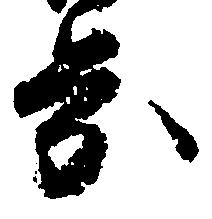
歩